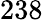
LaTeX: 238